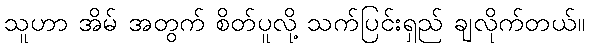
သူဟာ အိမ် အတွက် စိတ်ပူလို့ သက်ပြင်းရှည် ချလိုက်တယ်။